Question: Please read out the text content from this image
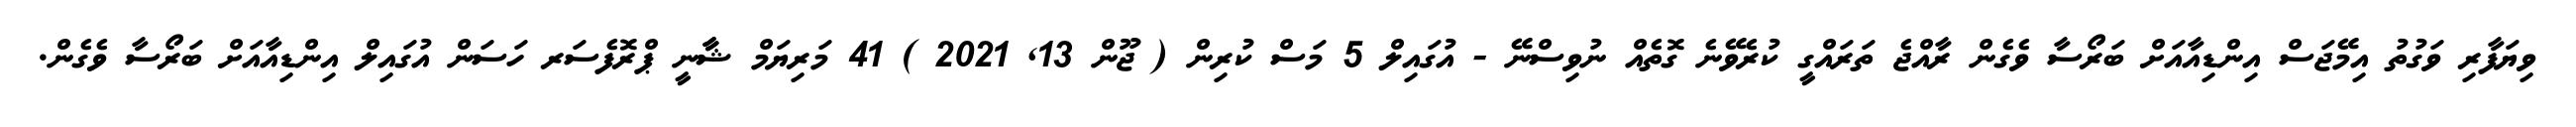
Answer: ވިޔަފާރި ވަގުތު އިމޭޖަސް އިންޑިއާއަށް ބަރޯސާ ވެގެން ރާއްޖެ ތަރައްގީ ކުރެވޭނެ ގޮތެއް ނުވިސްނޭ - އުގައިލް 5 މަސް ކުރިން ( ޖޫން 13, 2021 ) 41 މަރިޔަމް ޝާާނީ ޕްރޮފެސަރ ހަސަން އުގައިލް އިންޑިއާއަށް ބަރޯސާ ވެގެން.